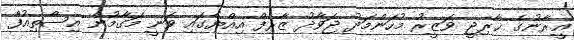
އީރާނުގެ ޚާރިޖީ ވަޒީރު މުހަންމަދު ޖަވާދު ޒާރިފް އިއްޔެގައި ވަނީ މަގާމުން އިސްތިއުފާ